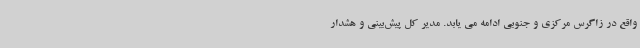
واقع در زاگرس مرکزی و جنوبی ادامه می یابد. مدیر کل پیش‌بینی و هشدار